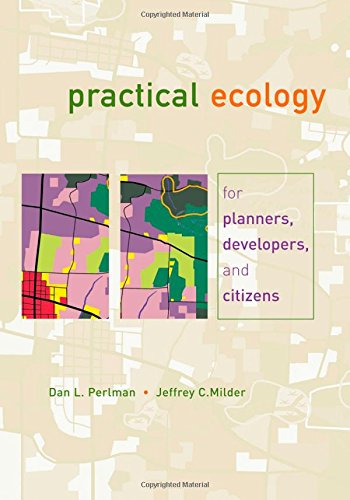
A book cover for Practical Ecology for Planners, Developers, and Citizens; Dan L. Perlman; Science & Math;